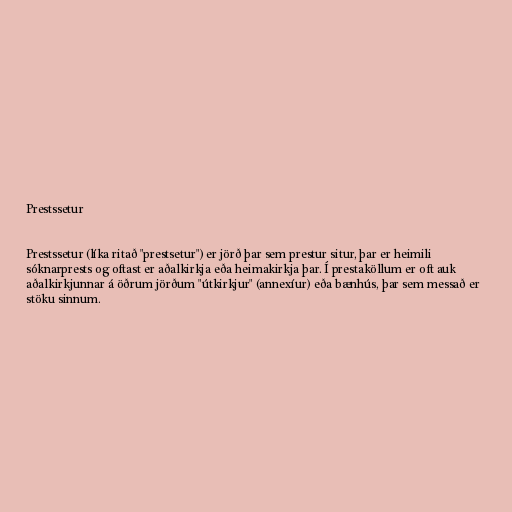
Prestssetur

Prestssetur (líka ritað "prestsetur") er jörð þar sem prestur situr, þar er heimili
sóknarprests og oftast er aðalkirkja eða heimakirkja þar. Í prestaköllum er oft auk
aðalkirkjunnar á öðrum jörðum "útkirkjur" (annexíur) eða bænhús, þar sem messað er
stöku sinnum.